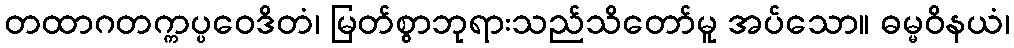
တထာဂတက္ကပ္ပဝေဒိတံ၊ မြတ်စွာဘုရားသည်သိတော်မူ အပ်သော။ ဓမ္မဝိနယံ၊